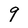
Character: 9